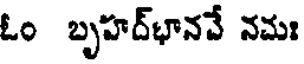
ఓం బృహద్భానవే నమః